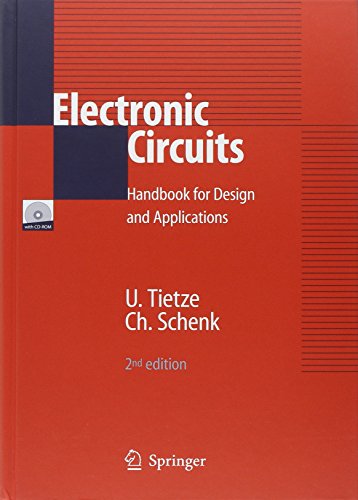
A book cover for Electronic Circuits: Handbook for Design and Application; Ulrich Tietze; Science & Math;